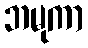
ဘမုကာ